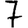
Digit: 7